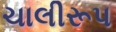
ચાલીરૂપ